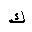
Letter: _kaf